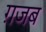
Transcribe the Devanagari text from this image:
ग़जब